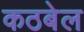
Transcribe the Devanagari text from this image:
कठबेल